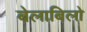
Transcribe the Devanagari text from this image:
बेलाबिलो